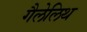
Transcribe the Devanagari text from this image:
गैलेलिथ